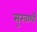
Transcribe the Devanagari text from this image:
सुखार्थी